Report on the bubonic plague in Bombay, 1896-1897
Year: 1896
Disease focus: Plague
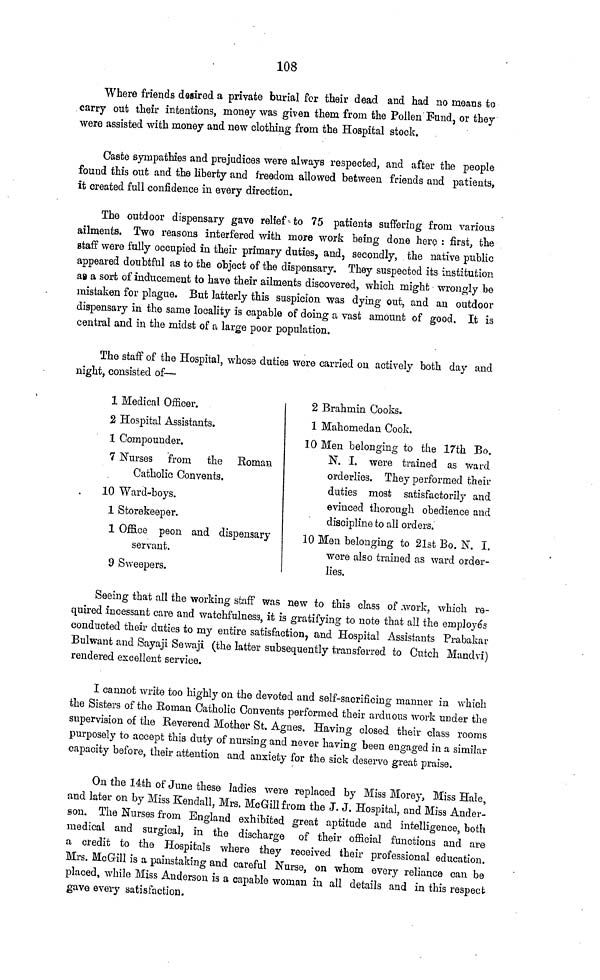
108
Where friends desired a private burial for their dead and had no means to
carry out their intentions, money was given them from the Pollen Fund, or they
were assisted with money and new clothing from the Hospital stock.
Caste sympathies and prejudices were always respected, and after the people
found this out and the liberty and freedom allowed between friends and patients,
it created full confidence in every direction.
The outdoor dispensary gave relief to 75 patients suffering from various
ailments. Two reasons interfered with more work being done here : first, the
staff were fully occupied in their primary duties, and, secondly, the native public
appeared doubtful as to the object of the dispensary. They suspected its institution
as a sort of inducement to have their ailments discovered, which might wrongly be
mistaken for plague. But latterly this suspicion was dying out, and an outdoor
dispensary in the same locality is capable of doing a vast amount of good. It is
central and in the midst of a large poor population.
The staff of the Hospital, whose duties were carried on actively both day and
night, consisted of
1 Medical Officer.
2 Hospital Assistants.
1 Compounder.
7 Nurses from the
Roman
Catholic Convents.
10 Ward-boys.
1 Storekeeper.
1 Office peon and dispensary
servant.
9 Sweepers.
2 Brahmin Cooks.
1 Mahomedan Cook.
10 Men belonging to the 17th Bo.
N. I. were trained as ward
orderlies. They performed their
duties most satisfactorily and
evinced thorough obedience and
discipline to all orders.
10 Men belonging to 21st Bo. N. I.
were also trained as ward order-
lies.
Seeing that all the working staff was new to this class of work, which re-
quired incessant care and watchfulness, it is gratifying to note that all the employes
conducted their duties to my entire satisfaction, and Hospital Assistants Prabakar
Bulwant and Sayaji Sewaji (the latter subsequently transferred to Cutch Mandvi)
rendered excellent service.
I cannot write too highly on the devoted and self-sacrificing manner in which
the Sisters of the Roman Catholic Convents performed their arduous work under the
supervision of the Reverend Mother St. Agnes. Having closed their class rooms
purposely to accept this duty of nursing and never having been engaged in a similar
capacity before, their attention and anxiety for the sick deserve great praise.
On the 14th of June these ladies were replaced by Miss Morey, Miss Hale,
and later on by Miss Kendall, Mrs. McGill from the J. J. Hospital, and Miss Ander-
son. The Nurses from England exhibited great aptitude and intelligence, both
medical and surgical, in the discharge of their official functions and are
a credit to the Hospitals where they received their professional education.
Mrs. McGill is a painstaking and careful Nurse, on whom every reliance can be
placed, while Miss Anderson is a capable woman in all details and in this respect
gave every satisfaction.